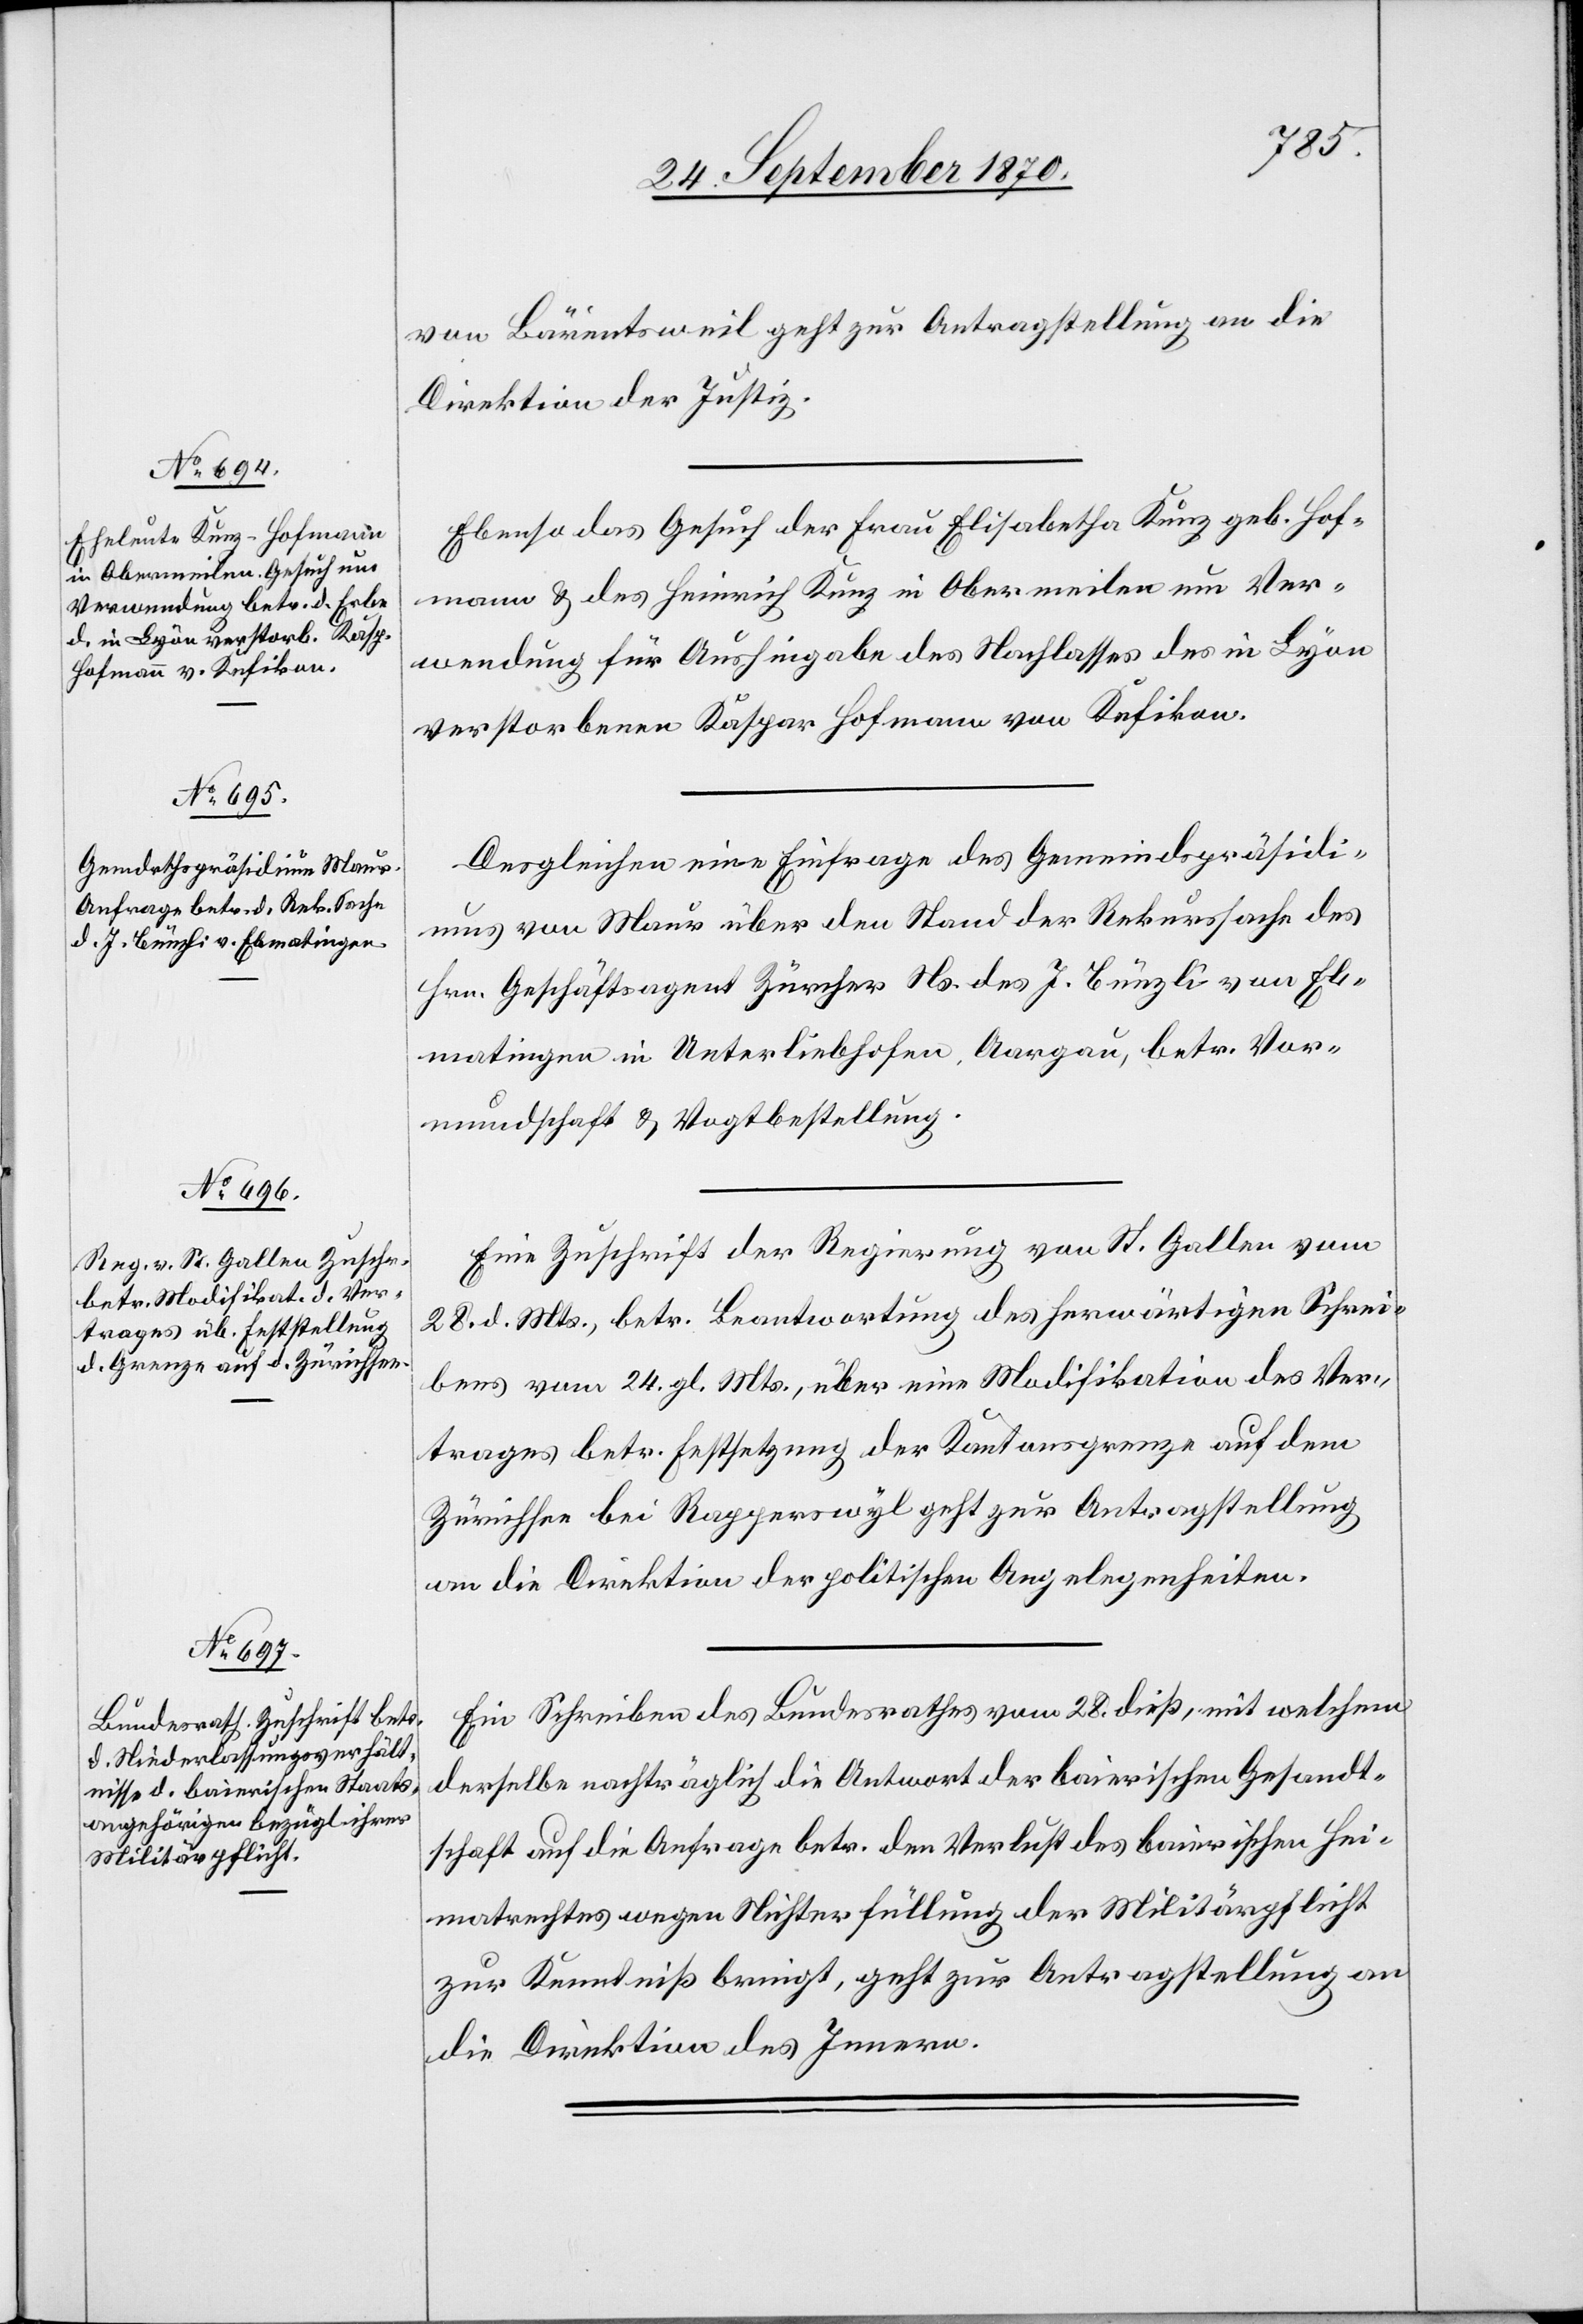
30. September 1870.]
von Bärentsweil geht zur Antragstellung an die
Direktion der Justiz.
Ebenso das Gesuch der Frau Elisabetha Kunz geb. Hof¬
mann & des Heinrich Kunz in Obermeilen um Ver¬
wendung für Aushingabe des Nachlasses des in Lyon
verstorbenen Kaspar Hofmann von Kefikon.
Desgleichen eine Einfrage des Gemeindspräsidi¬
ums von Maur über den Stand der Rekurssache des
Hrn. Geschäftsagent Zürcher Ns. des J. Bünzli von Eb¬
matingen in Unterliebhofen, Aargau, betr. Vor¬
mundschaft & Vogtbestellung.
Eine Zuschrift der Regierung von St. Gallen vom
28. d. Mts., betr. Beantwortung des herwärtigen Schrei¬
bens vom 24. gl. Mts., über eine Modifikation des Ver¬
trages betr. Festsetzung der Kantonsgrenze auf dem
Zürichsee bei Rapperswyl geht zur Antragstellung
an die Direktion der politischen Angelegenheiten.
Ein Schreiben des Bundesrathes vom 28. dieß, mit welchem
derselbe nachträglich die Antwort der baierischen Gesandt¬
schaft auf die Anfrage betr. den Verlust des baierischen Hei¬
matrechtes wegen Nichterfüllung der Militärpflicht
zur Kenntniß bringt, geht zur Antragstellung an
die Direktion des Innern.